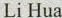
Li Hua